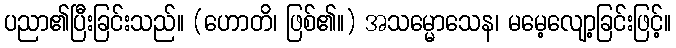
ပညာ၏ပြီးခြင်းသည်။ (ဟောတိ၊ ဖြစ်၏။) အသမ္မောသေန၊ မမေ့လျော့ခြင်းဖြင့်။